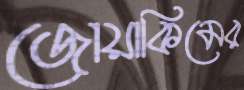
জোয়াকিমের